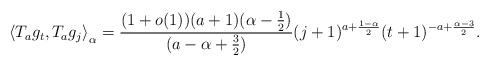
\begin{align*}\left\langle T_ag_t , T_ag_j\right\rangle_{\alpha} = \frac{(1+o(1)) (a+1)(\alpha-\frac{1}{2})}{(a- \alpha +\frac{3}{2})} (j+1)^{a+\frac{1-\alpha}{2}}(t+1)^{-a+\frac{\alpha-3}{2}}.\end{align*}